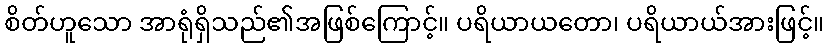
စိတ်ဟူသော အာရုံရှိသည်၏အဖြစ်ကြောင့်။ ပရိယာယတော၊ ပရိယာယ်အားဖြင့်။